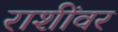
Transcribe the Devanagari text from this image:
राशींवर